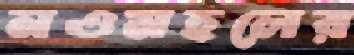
নওমহলের